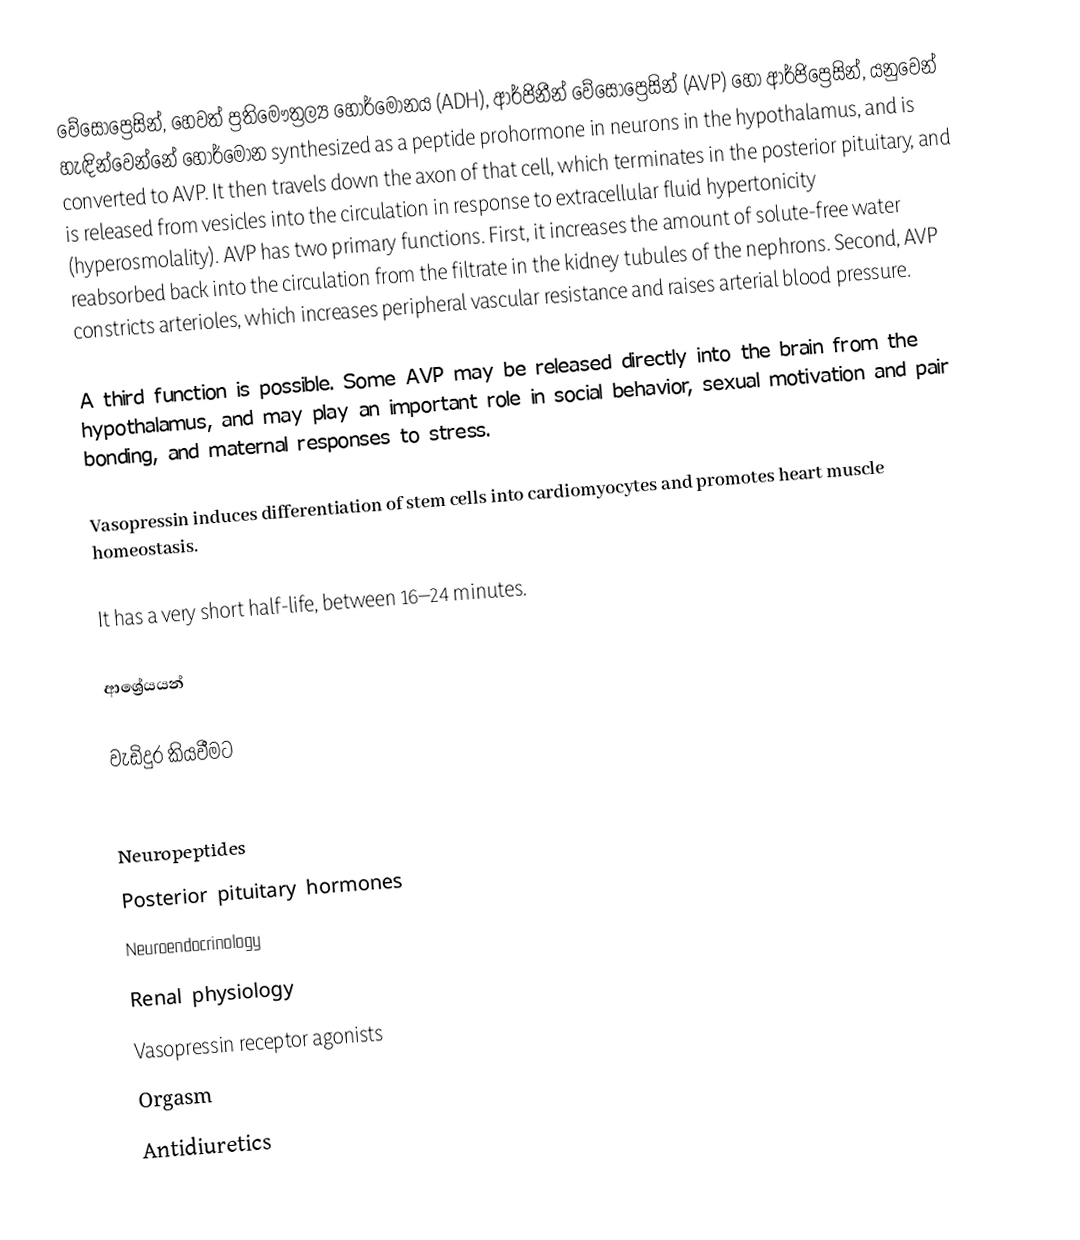
වේසොප්‍රෙසින්, හෙවත් ප්‍රතිමෞත්‍රල්‍ය හෝර්මෝනය (ADH),   ආර්ජිනීන් වේසොප්‍රෙසින් (AVP) හෝ ආර්ජිප්‍රෙසින්, යනුවෙන් හැඳින්වෙන්නේ හෝර්මෝන synthesized as a peptide prohormone in neurons in the hypothalamus, and is converted to AVP. It then travels down the axon of that cell, which terminates in the posterior pituitary, and is released from vesicles into the circulation in response to extracellular fluid hypertonicity (hyperosmolality). AVP has two primary functions. First, it increases the amount of solute-free water reabsorbed back into the circulation from the filtrate in the kidney tubules of the nephrons. Second, AVP constricts arterioles, which increases peripheral vascular resistance and raises arterial blood pressure.

A third function is possible. Some AVP may be released directly into the brain from the hypothalamus, and may play an important role in social behavior, sexual motivation and pair bonding, and maternal responses to stress.

Vasopressin induces differentiation of stem cells into cardiomyocytes and promotes heart muscle homeostasis.

It has a very short half-life, between 16–24 minutes.

ආශ්‍රේයයන්

වැඩිදුර කියවීමට

Neuropeptides
Posterior pituitary hormones
Neuroendocrinology
Renal physiology
Vasopressin receptor agonists
Orgasm
Antidiuretics